Vaccination in the Punjab 1919-1929 - 1919-1929
Year: 1919
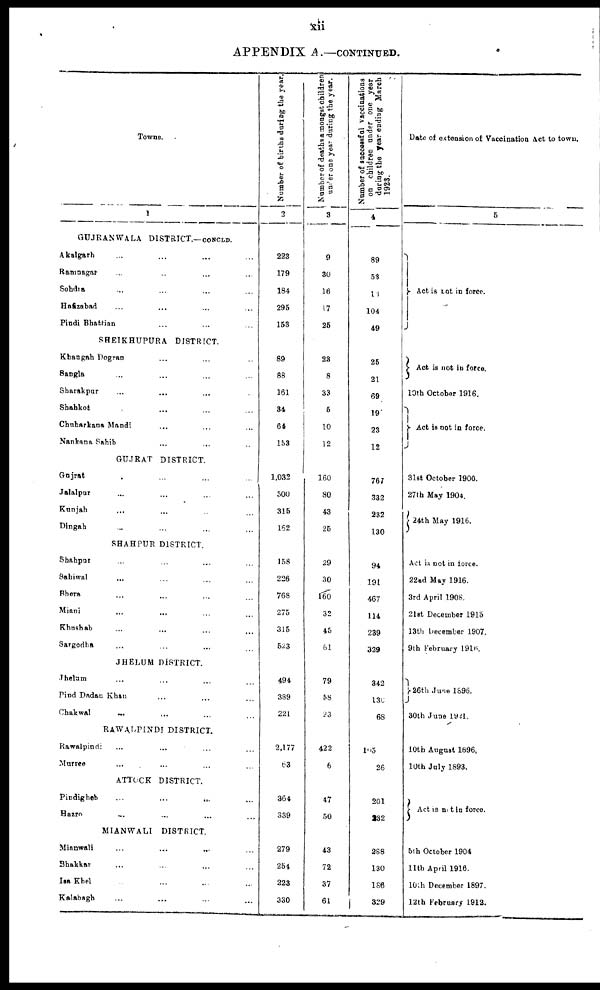
xii
APPENDIX A.—CONTINUED.
Towns.
1
GUJRANWALA DISTRICT.—CONCLD.
Akalgarh ... ... ... ...
Ramnagar ... ... ... ...
Sohdra ... ... ... ...
Hafizabad ... ... ... ...
Pindi Bhattian ... ... ... ...
SHEIKHUPURA DISTRICT.
Khangah Dogran ... ... ... ...
Sangla ... ... ... ...
Sharakpur ... ... ... ...
Shahkot ... ... ... ...
Chuharkana Mandi ... ... ... ...
Nankana Sahib ... ... ... ...
GUJRAT DISTRICT.
Gujrat ... ... ... ...
Jalalpur ... ... ... ...
Kunjah ... ... ... ...
Dingah ... ... ... ...
SHAHPUR DISTRICT.
Shahpur ... ... ... ...
Sahiwal ... ... ... ...
Bhera ... ... ... ...
Miani ... ... ... ...
Khushab ... ... ... ...
Sargodha ... ... ... ...
JHELUM DISTRICT.
Jhelum ... ... ... ...
Pind Dadan Khan ... ... ... ...
Chakwal ... ... ... ...
RAWALPINDI DISTRICT.
Rawalpindi ... ... ... ...
Murree ... ... ... ...
ATTOCK DISTRICT.
Pindigheb
...
...
... ...
Hazro ... ... ... ...
MIANWALI DISTRICT.
Mianwali ... ... ... ...
Bhakkar ... ... ... ...
Isa Khel ... ... ... ...
Kalabagh ... ... ... ...
Number of births during the year.
2
223
179
184
295
153
89
88
161
34
64
153
1,032
500
315
162
158
226
768
275
315
523
494
389
221
2,177
63
364
339
279
254
223
330
Number of deaths amongst children
under one year during the year.
3
9
30
16
17
25
23
8
33
5
10
12
160
80
43
25
29
30
160
32
45
61
79
58
23
422
6
47
50
43
72
37
61
Number of successful vaccinations
on children under one year
during the year ending March
1923.
4
89
53
13
104
49
25
21
69
19
23
12
767
332
232
130
94
191
467
114
239
329
342
130
68
105
26
201
232
288
130
186
329
Date of extension of Vaccination Act to town.
5
Act is not in force.
Act is not in force.
10th October 1916.
Act is not in force.
31st October 1900.
27th May 1904.
24th May 1916.
Act is not in force.
22nd May 1916.
3rd April 1908.
21st December 1915
13th December 1907.
9th February 1916.
26th June 1896.
30th June 1921.
10th August 1896,
10th July 1893.
Act is not in force.
5th October 1904
11th April 1916.
10th December 1897.
12th February 1912.